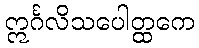
ဣင်္ဂလိသပေါတ္ထကေ